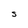
Character: S